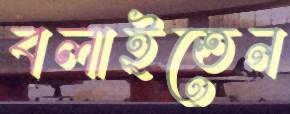
বলাইতেন